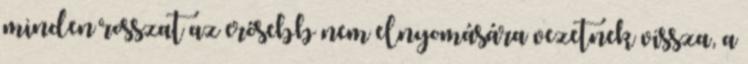
minden rosszat az erősebb nem elnyomására vezetnek vissza, a